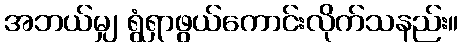
အဘယ်မျှ ရွံရှာဖွယ်ကောင်းလိုက်သနည်း။